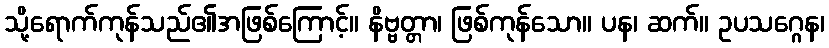
သို့ရောက်ကုန်သည်၏အဖြစ်ကြောင့်။ နိဗ္ဗတ္တာ၊ ဖြစ်ကုန်သော။ ပန၊ ဆက်။ ဥပသဂ္ဂေန၊